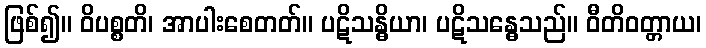
ဖြစ်၍။ ဝိပစ္စတိ၊ အာပါးစေတတ်။ ပဋိသန္ဓိယာ၊ ပဋိသန္ဓေသည်။ ဝီတိဝတ္တာယ၊